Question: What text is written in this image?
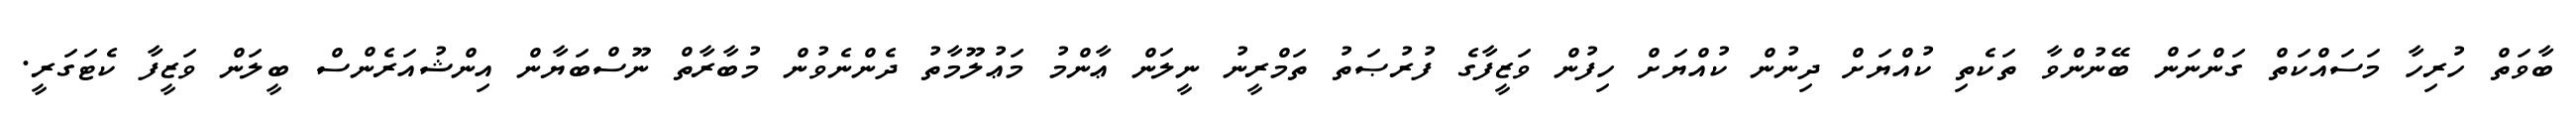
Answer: ބާވަތް ހުރިހާ މަސައްކަތް ގަންނަން ބޭނުންވާ ތަކެތި ކުއްޔަށް ދިނުން ކުއްޔަށް ހިފުން ވަޒީފާގެ ފުރުޞަތު ތަމްރީނު ނީލަން ޢާންމު މަޢުލޫމާތު ދެންނެވުން މުބާރާތް ނޫސްބަޔާން އިންޝުއަރެންސް ބީލަން ވަޒީފާ ކެޓަގަރީ.